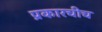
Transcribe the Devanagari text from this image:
प्रकारचीच